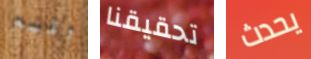
وقسم تحقيقنا يحدث